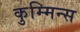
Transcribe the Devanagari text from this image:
कुम्मिन्स